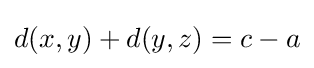
d(x,y)+d(y,z)=c-a